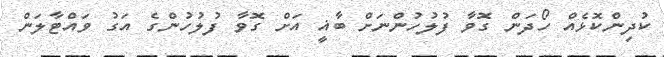
ކުދިންކޮޅެއް ހޯދަން ގޮވާ ފުލުހުންނަށް ބާޣީ އަށް ގޮވާ ފުލުހުންގެ އަގު ވައްޓާލަން